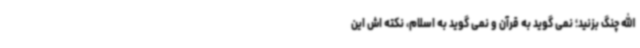
الله چنگ بزنید؛ نمی گوید به قرآن و نمی گوید به اسلام، نکته اش این